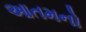
આતમનો